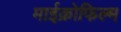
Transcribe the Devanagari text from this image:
माईक्रोफिल्म